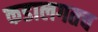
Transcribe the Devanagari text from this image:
कडालगतच